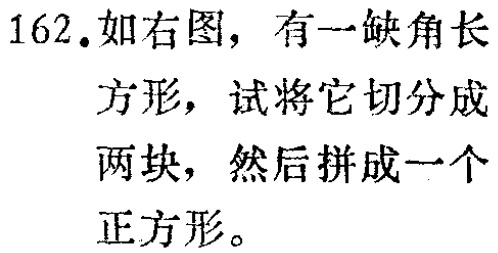
162.如右图，有一缺角长方形，试将它切分成两块，然后拼成一个正方形。